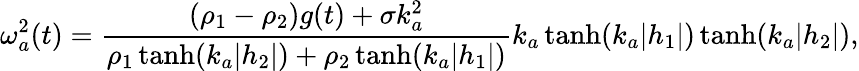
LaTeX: \omega_{a}^{2}(t)=\frac{(\rho_{1}-\rho_{2})g(t)+\sigma k_{a}^{2}}{\rho_{1}\operatorname{tanh}(k_{a}|h_{2}|)+\rho_{2}\operatorname{tanh}(k_{a}|h_{1}|)}k_{a}\operatorname{tanh}(k_{a}|h_{1}|)\operatorname{tanh}(k_{a}|h_{2}|),